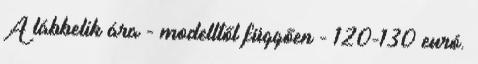
A lábbelik ára - modelltől függően - 120-130 euró.